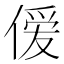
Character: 𫣊